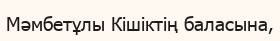
Мәмбетұлы Кішіктің баласына,